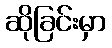
ဆိုခြင်းမှာ